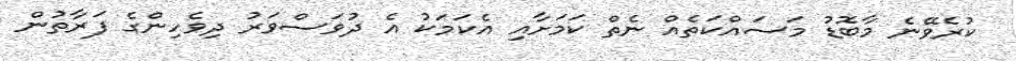
ކުރެވޭނެ މާބޮޑު މަަސައްކަތެއް ނެތް ކަމަށާއި އެކަމަކު އެ ދުވަސްވަރު ދިވެހިންގެ ފަރާތުން